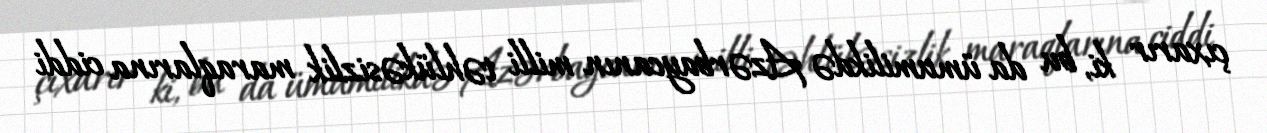
çıxarır ki, bu da ümumilikdə Azərbaycanın milli təhlükəsizlik maraqlarına ciddi